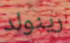
رينولد